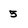
Character: 5